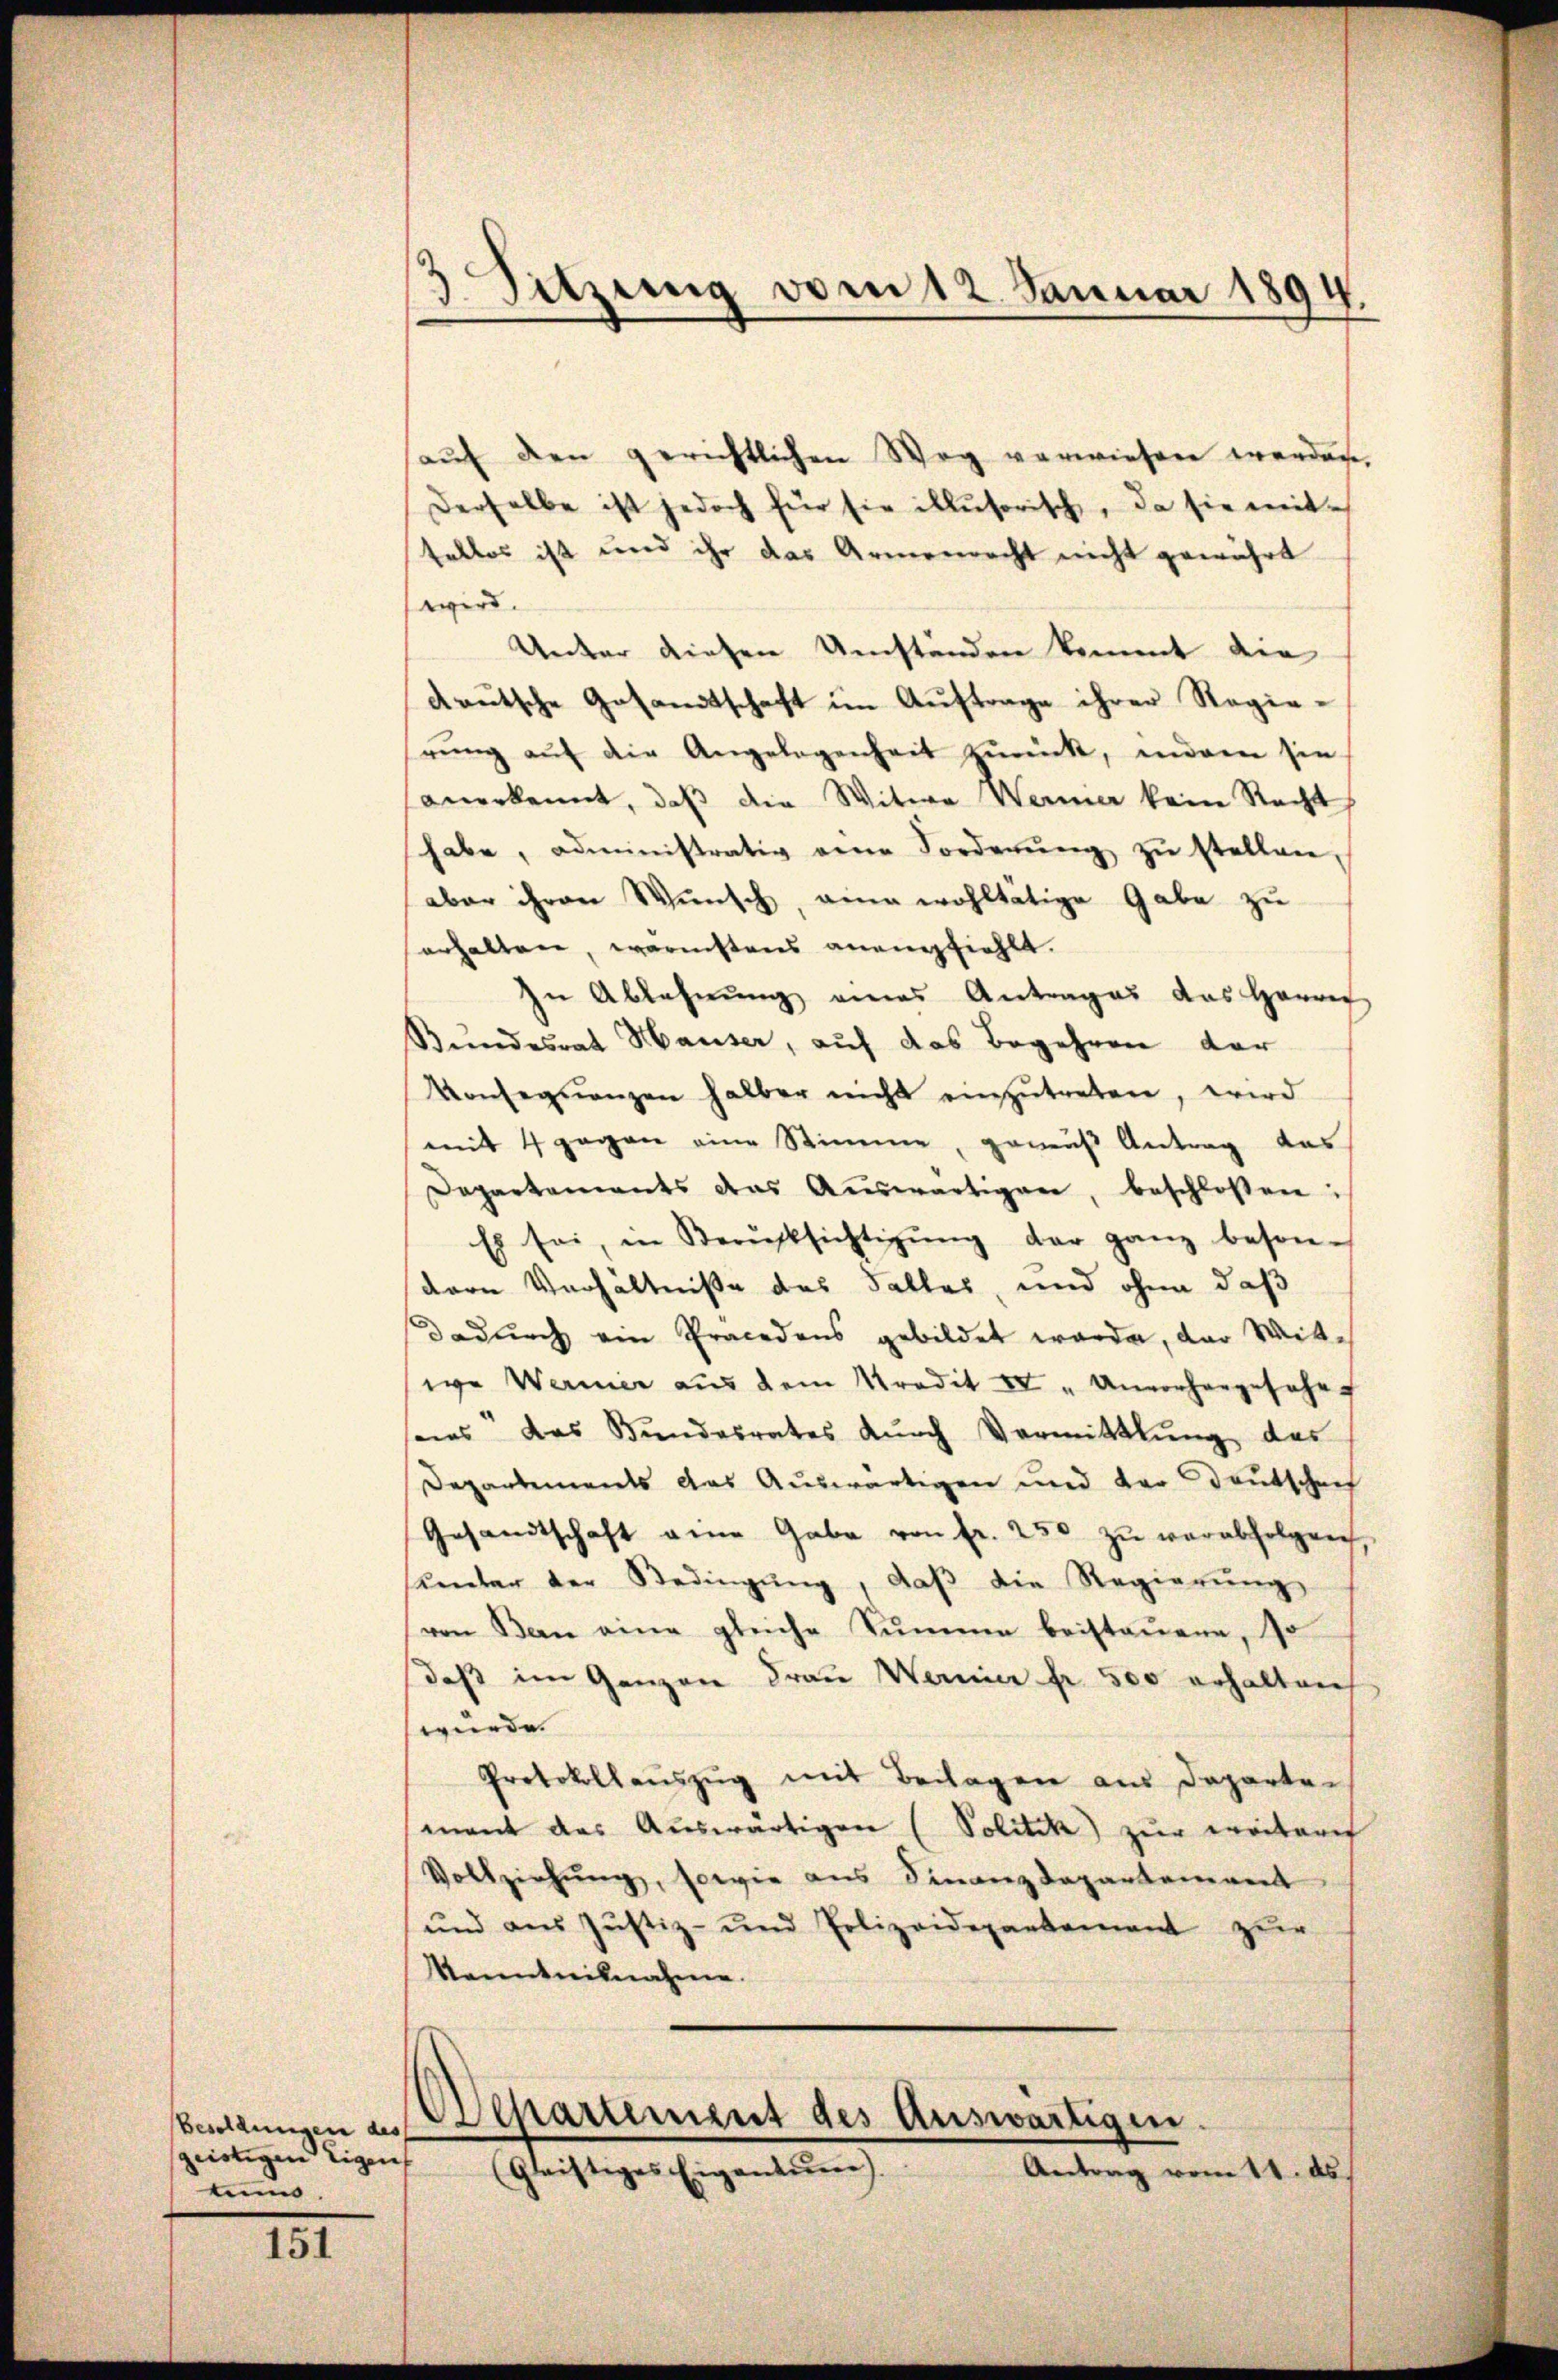
Besoldungen des
geistigen Eigen
muns.

III

3 Sitzung vom 12. Januar 1894.

aŭf den gerichtlichen Weg verwiesen werden.
Derselbe ist jedoch für sie illusorisch, da sie mittellos ist und ihr das Armenrecht nicht gewährt
wird.
Unter diesen Umständen kommt die
deutsche Gesandtschaft im Auftrage ihrer Regierŭng aŭf die Angelegenheit zŭrück, inden sie
anerkennt, daß die Witwe Werner kein Recht
habe, administrativ eine Forderŭng zŭ stellen,
aber ihren Wunsch, anna wohltätige Gabe zu
erhalten, worinstens anempfiehlt.
In Ablehnung eines Antrages das Herrer
Bundesrat Hauser, auf das Begehren dar
Vonseqŭenzen halber nicht einzŭtreten, wird
mit 4 gegen eine Stimme, genuß Antrag des
Departements das Aŭswärtigen, beschloßen:
Es sei, in Berücksichtigŭng der ganz beson-
dern Verhältniße des Falles, und ohne daß
Dadurch ein Präcedens gebildet worden, der Wittwo Werner aŭs dem Tradit IV "Unvorhangesehe
seis das Bundesrates dŭrch Vermittlŭng des
Departements das Auswärtigen und der Deutschaf
Gesandtschaft eine Gabe von fr. 250 zŭ verabfolgreich,
Unter der Bedingŭng, daβ die Regierŭng
ven Bern eine gleiche Sŭmme beistaŭene, Jo
daß im Ganzen Frau Werner fr. 500 erhalten
wurde.
Protokollauszug mit Beilagen aus Departe
mant das Auswärtigen (Politik zur weitere
Vollziehung, sowie aus Finanzdepartement
und aus Justiz- und Polizeidepartement zur
kannteilnahme.
Departement des Auswärtigen.
(Gleistiges Eigentum).
Antrag vom 11. ds.